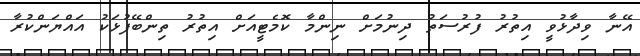
އޭނާ ވިދާޅުވީ އިތުރު ފުރުސަތު ދިނުމަށް ނިންމާ ކޮމެޓީއަށް އިތުރު ތިންބޭފުޅަކު އައްޔަންކުރާ